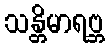
သန္တိမာရဗ္ဘ